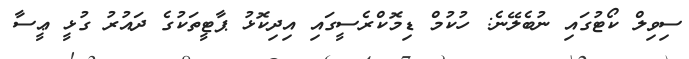
ސިވިލް ކޯޓުގައި ނުބެލޭނެ: ހުކުމް ޑިމޮކްރެސީގައި އިދިކޮޅު ޕާޓީތަކުގެ ދައުރު ގުޅީ ޢީސާ